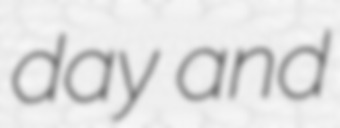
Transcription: day and